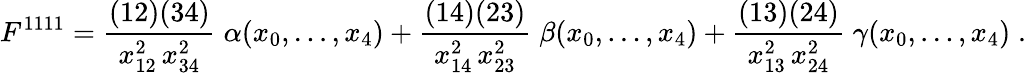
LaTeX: F^{1111}=\frac{(12)(34)}{x_{12}^{2}\, x_{34}^{2}}\; \alpha(x_{0},\ldots,x_{4})+\frac{(14)(23)}{x_{14}^{2}\, x_{23}^{2}}\; \beta(x_{0},\ldots,x_{4})+\frac{(13)(24)}{x_{13}^{2}\, x_{24}^{2}}\; \gamma(x_{0},\ldots,x_{4})\; .